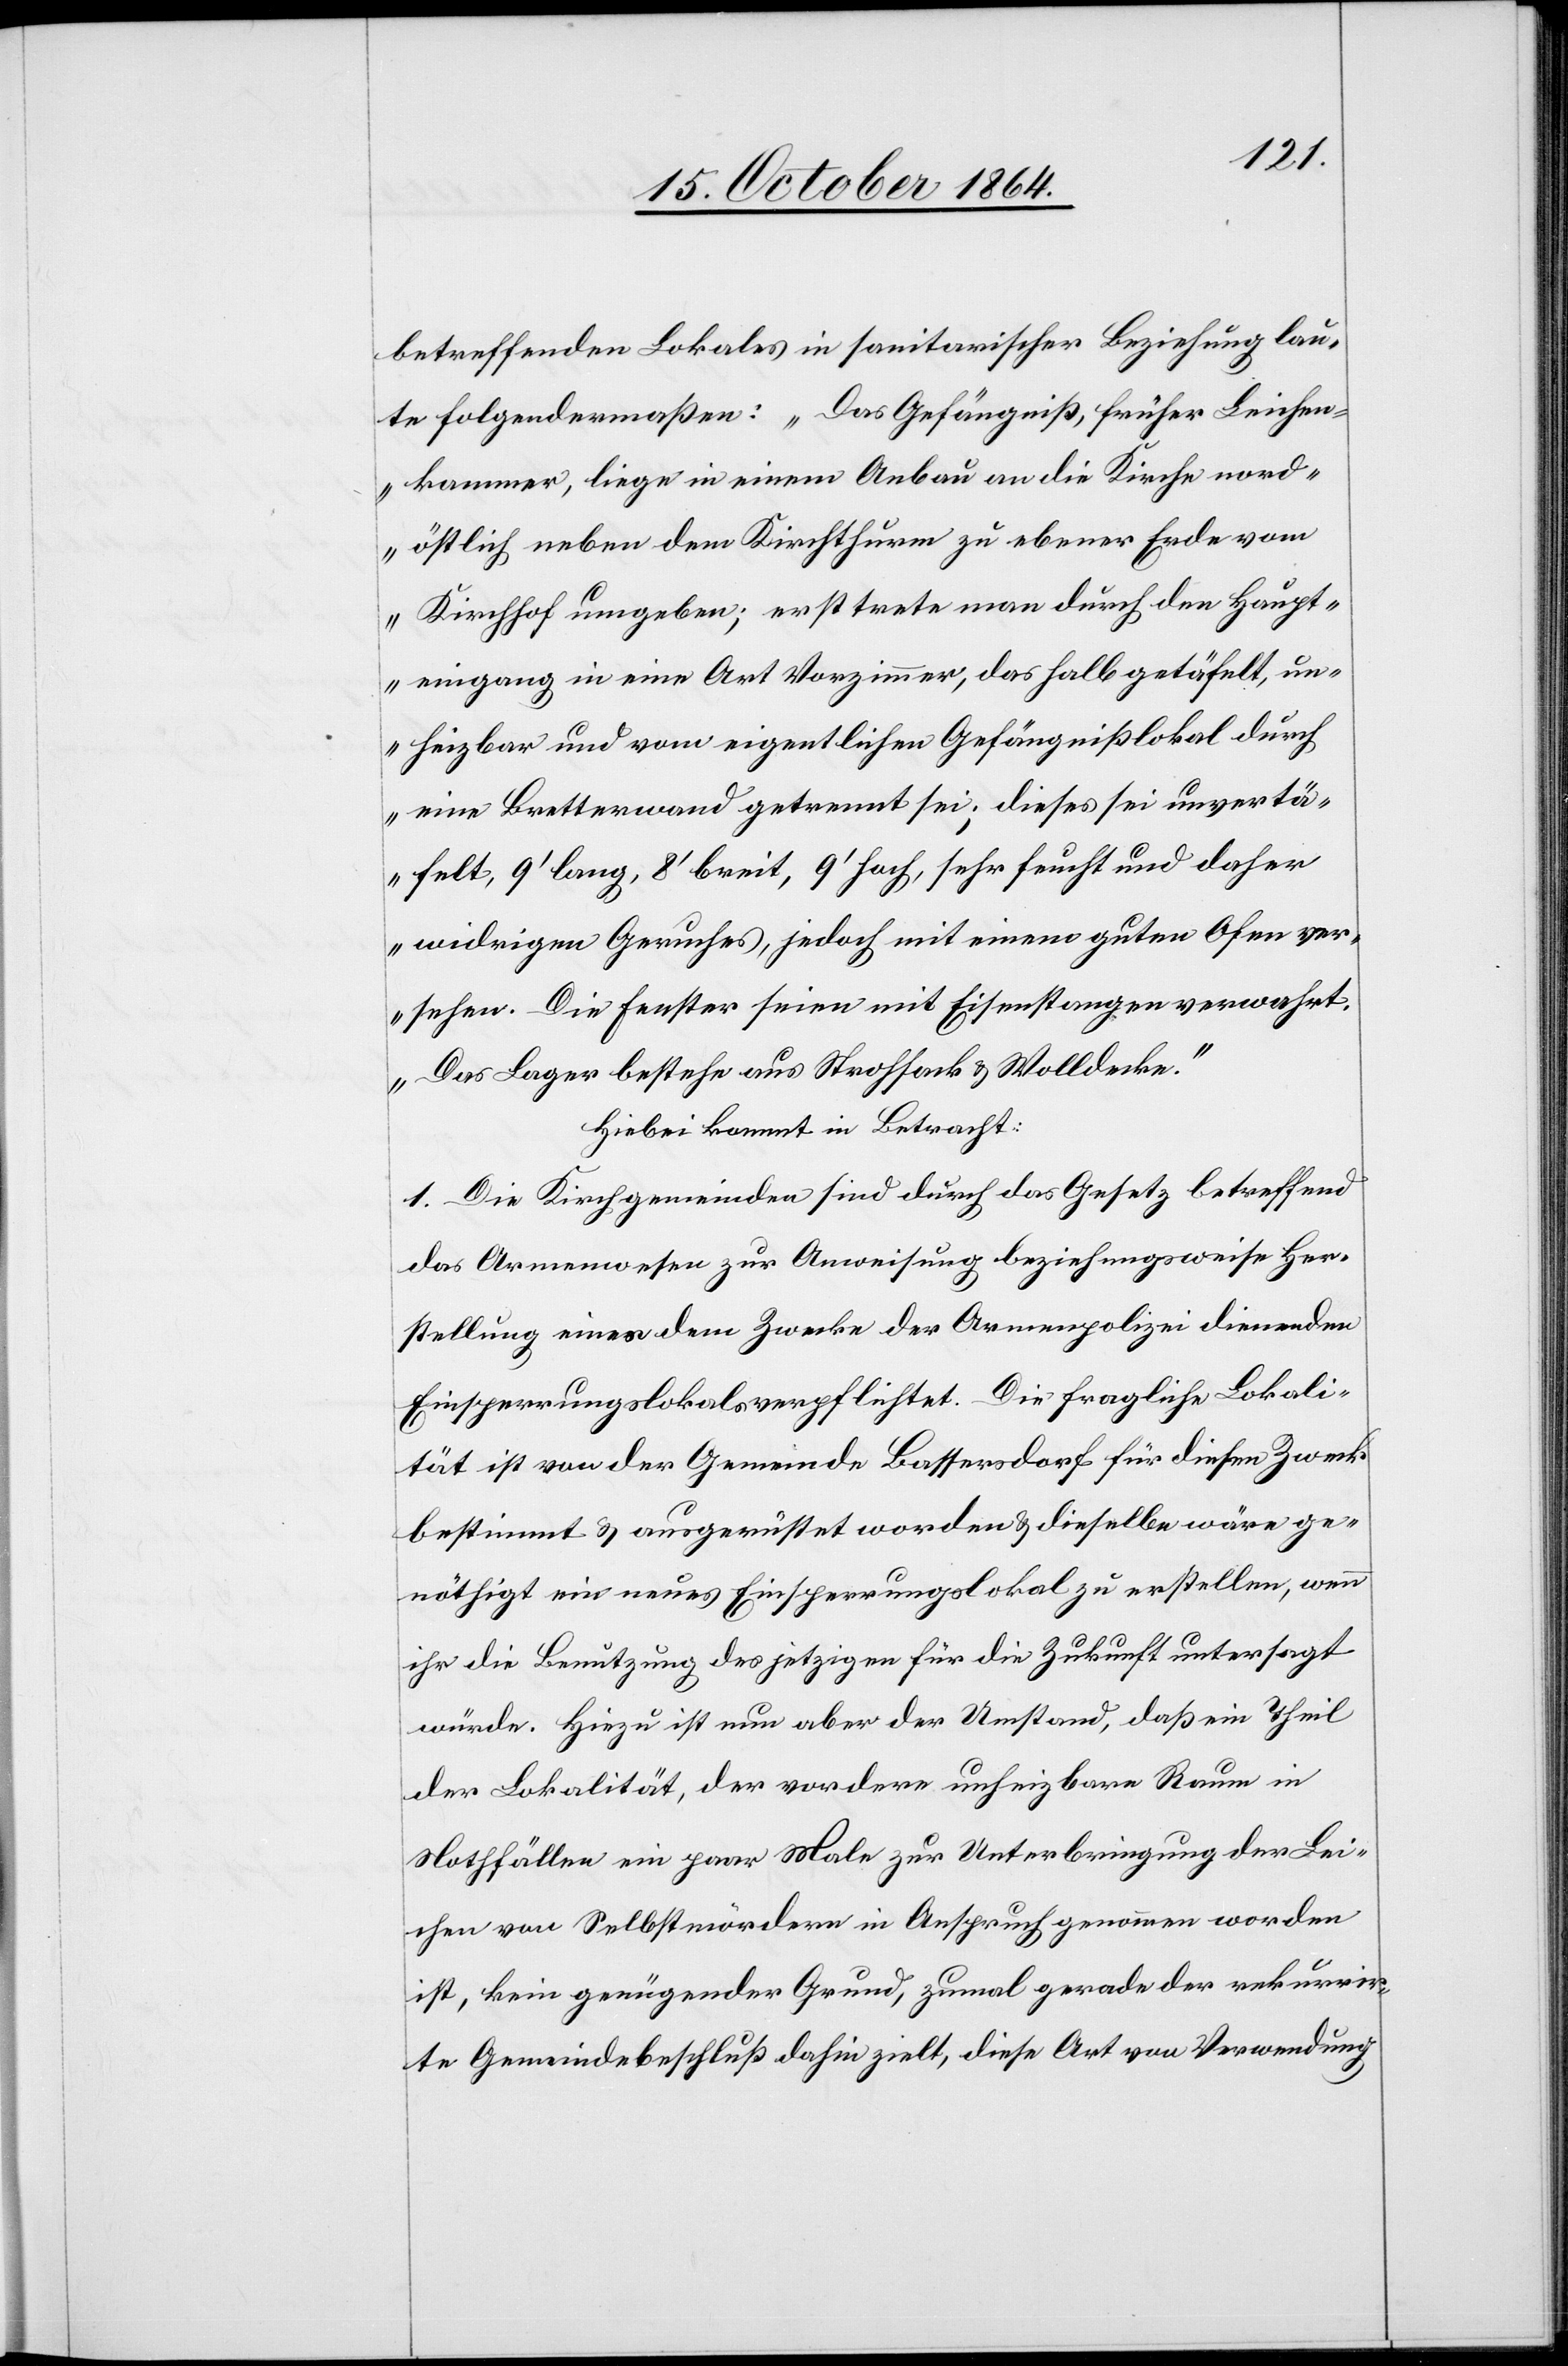
betreffenden Lokales in sanitarischer Beziehung lau¬
tet folgendermaßen: „Das Gefängnis, früher Leichen¬
kammer, liege in einem Anbau an die Kirche nord¬
östlich neben dem Kirchthurm zu ebener Erde vom
Kirchhof umgeben; erst trete man durch den Haupt¬
eingang in eine Art Vorzimmer, das halb getäfelt, un¬
heizbar und vom eigentlichen Gefängnißlokal durch
eine Bretterwand getrennt sei; dieses sei unvertä¬
felt, 9’ lang, 8’ breit, 9’ hoch, sehr feucht und daher
widrigen Geruches, jedoch mit einem guten Ofen ver¬
sehen. Die Fenster seien mit Eisenstangen verwahrt.
Das Lager bestehe aus Strohsack & Wolldecke.“
Hiebei kommt in Betracht:
1. Die Kirchgemeinden sind durch das Gesetz betreffend
das Armenwesen zur Anweisung beziehungsweise Her¬
stellung eines dem Zwecke der Armenpolizei dienenden
Einsperrungslokal verpflichtet. Die fragliche Lokali¬
tät ist von der Gemeinde Bassersdorf für diesen Zweck
bestimmt & ausgerüstet worden & dieselbe wäre ge¬
nöthigt ein neues Einsperrungslokal zu erstellen, wenn
ihr die Benützung des jetzigen für die Zukunft untersagt
würde. Hiezu ist nun aber der Umstand, daß ein Theil
der Lokalität, der vordere unheizbare Raum in
Nothfällen ein paar Male zur Unterbringung der Lei¬
chen von Selbstmördern in Anspruch genommen worden
ist, kein genügender Grund, zumal gerade der rekurrir¬
te Gemeindebeschluß dahin zielt, diese Art von Verwendung